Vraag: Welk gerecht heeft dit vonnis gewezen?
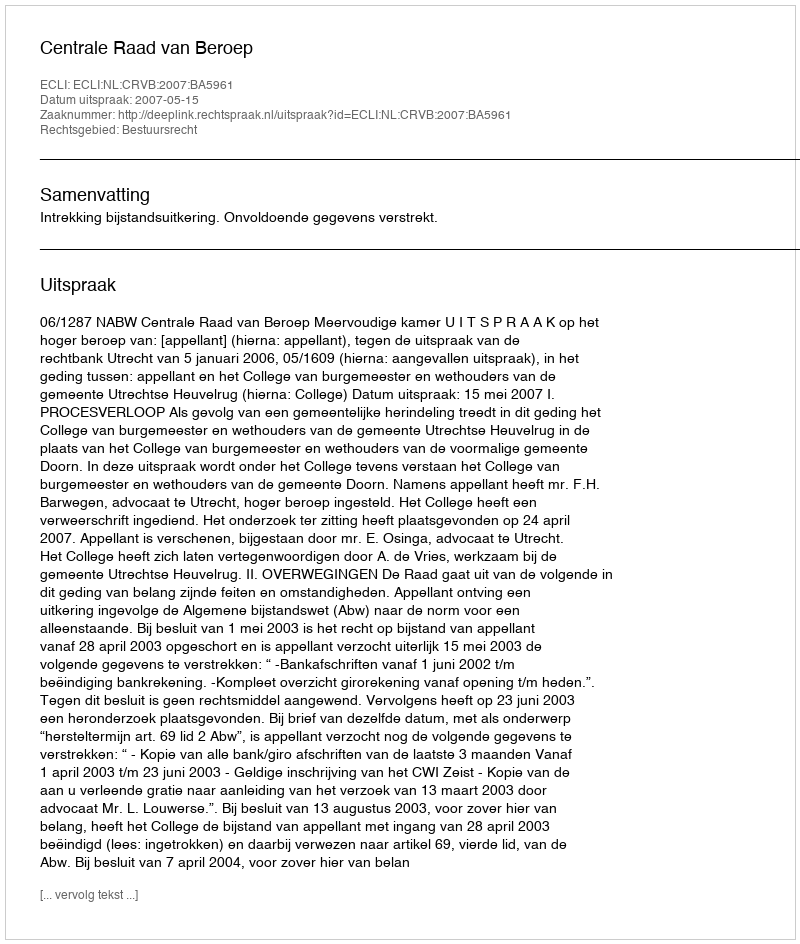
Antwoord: Centrale Raad van Beroep